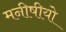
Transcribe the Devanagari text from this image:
मनीषीयो